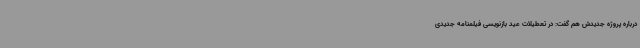
درباره پروژه‌ جدیدش هم گفت: در تعطیلات عید بازنویسی فیلمنامه جدیدی